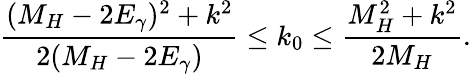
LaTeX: \frac{(M_{H}-2E_{\gamma})^{2}+k^{2}}{2(M_{H}-2E_{\gamma})}\le k_{0}\le\frac{M_{H}^{2}+k^{2}}{2M_{H}}.